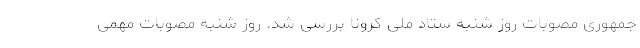
جمهوری مصوبات روز شنبه ستاد ملی کرونا بررسی شد. روز شنبه مصوبات مهمی